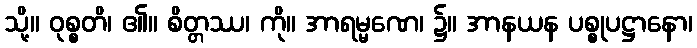
သို့။ ဝုစ္စတိ၊ ၏။ စိတ္တဿ၊ ကို။ အာရမ္မဏေ၊ ၌။ အာနယန ပစ္စုပဋ္ဌာနော၊